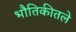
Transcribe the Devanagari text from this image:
भौतिकीतले